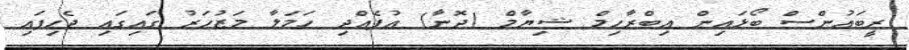
ރީބައުންސް ބޯޅައިން އިބްރާހިމް ޝިޔާމް (ދޮނާ) އުފެއްދި ހަމަލާ މަޒުހަރު ގައިގައި ޖެހިފައި